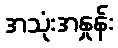
အသုံးအနှုန်း